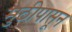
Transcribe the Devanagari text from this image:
मुठीपासून